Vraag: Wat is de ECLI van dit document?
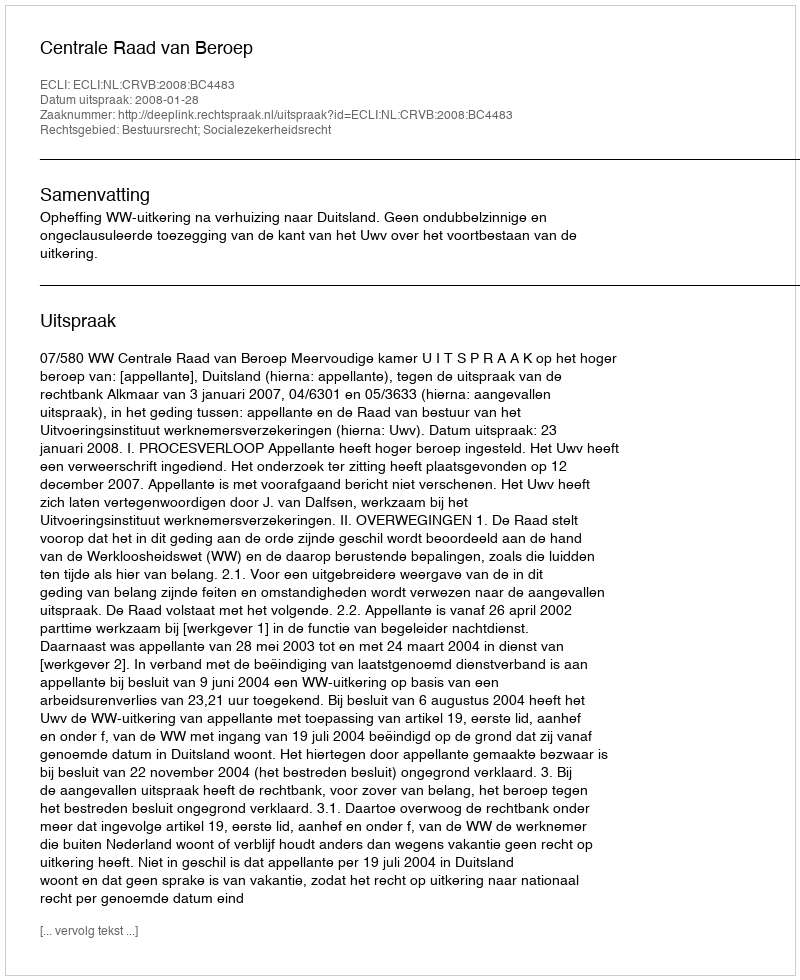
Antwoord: ECLI:NL:CRVB:2008:BC4483